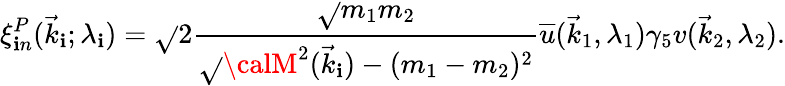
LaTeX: \xi_{\mathbf{i}n}^{P}(\vec{{k}}_{\mathbf{i}};\lambda_{\mathbf{i}})=\sqrt{}{{2}}{\frac{{\sqrt{}{{m_{1}m_{2}}}}}{{\sqrt{}{{{\calM}^{2}(\vec{{k}}_{\mathbf{i}})-(m_{1}-m_{2})^{2}}}}}}{\overline{{{u}}}}(\vec{{k}}_{1},\lambda_{1})\gamma_{5}v(\vec{{k}}_{2},\lambda_{2}).